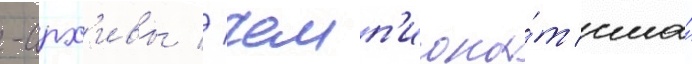
-арх'ивы // Чемп'иона́т сша́